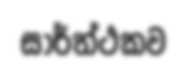
සාර්ත්ථකව